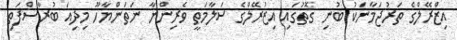
އިޒްރޭލްގެ ތަރުޖަމާނަކު ބުނި ގޮތުގައި އިޒުރޭލްގެ ސަލާމަތީ ވެރިންނާ ނަތަންޔާހޫ މިދިއަ ބުރާސްފަތި